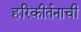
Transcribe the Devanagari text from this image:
हरिकीर्तनाची